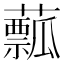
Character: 䕯